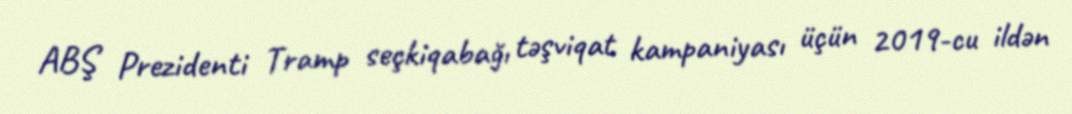
ABŞ Prezidenti Tramp seçkiqabağı təşviqat kampaniyası üçün 2019-cu ildən